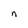
Character: n